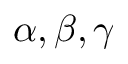
\alpha , \beta , \gamma